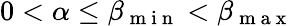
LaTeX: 0<\alpha\leq\beta_{\mathrm{~m~i~n~}}<\beta_{\mathrm{~m~a~x~}}